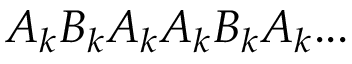
A _ { k } B _ { k } A _ { k } A _ { k } B _ { k } A _ { k } . . .